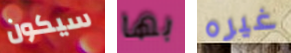
سيكون بها غيره